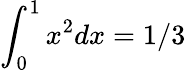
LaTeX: \int_{0}^{1}x^{2}dx=1/3